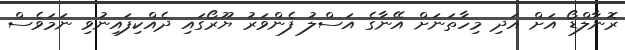
ރޮނާލްޑޯ އަށް އަދި މިހާތަނަށް އޭނާގެ އަސްލު ފެންވަރު ޔޫރޯގައި ދެއްކިފައިނުވި ނަމަވެސް